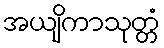
အယျိကာသုတ္တံ